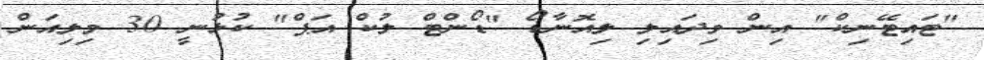
"ޓައިޓޭނިކް" އިން ވިދައިލި ލިއޮނާޑޯ "ޑޯންޓް ލުކް އަޕް" ކުޅުނީ 30 މިލިއަން